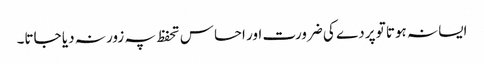
ایسا نہ ہوتا تو پردے کی ضرورت اور احساس تحفظ پہ زور نہ دیا جاتا۔